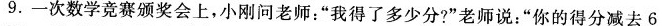
9.-次数学竞赛颁奖会上，小刚问老师：”我得了多少分?”老师说：”你的得分减去6